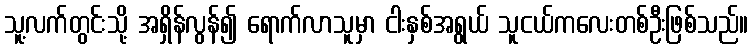
သူ့လက်တွင်းသို့ အရှိန်လွန်၍ ရောက်လာသူမှာ ငါးနှစ်အရွယ် သူငယ်ကလေးတစ်ဦးဖြစ်သည်။